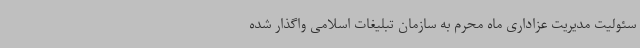
سئولیت مدیریت عزاداری ماه محرم به سازمان تبلیغات اسلامی واگذار شده